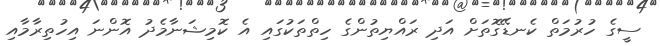
ސީގެ ހުރުމަތް ކެނޑޭގޮތަށް އަދި ރައްޔިތުންގެ ހިތްތަކުގައި އެ ކޮމިޝަނާމެދު އޮންނަ އިހުތިރާމާއި